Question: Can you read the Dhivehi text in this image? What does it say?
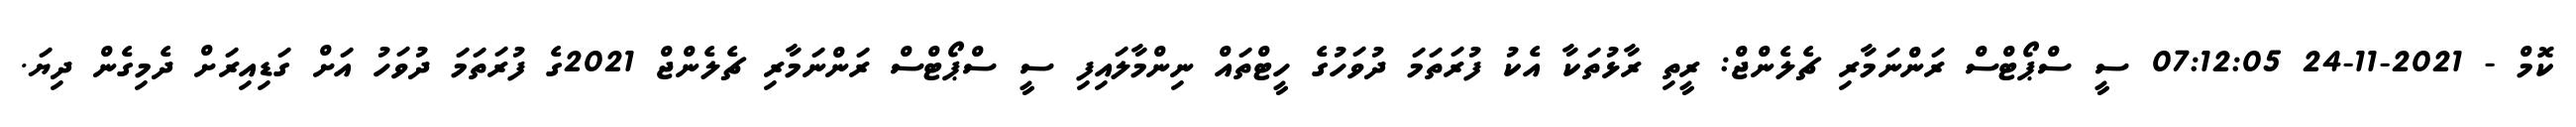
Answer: ކޮމް - 2021-11-24 07:12:05 ސީ ސްޕޯޓްސް ރަންނަމާރި ޗެލެންޖް: ރީތި ރާޅުތަކާ އެކު ފުރަތަމަ ދުވަހުގެ ހީޓްތައް ނިންމާލައިފި ސީ ސްޕޯޓްސް ރަންނަމާރި ޗެލެންޖް 2021ގެ ފުރަތަމަ ދުވަހު އަށް ގަޑިއިރަށް ދެމިގެން ދިޔަ.